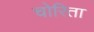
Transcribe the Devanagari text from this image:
चोरिता